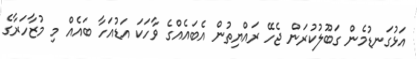
އަޅުގަނޑުމެން ގަބޫލުކުރަން ޖެހޭ ރައްޔިތުން އެބައެއްގެ ވާހަކަ އަޑުއަހާ ބައެއް މި މުޒާހަރާގެ